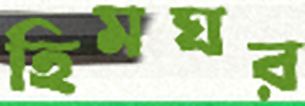
হিমঘর